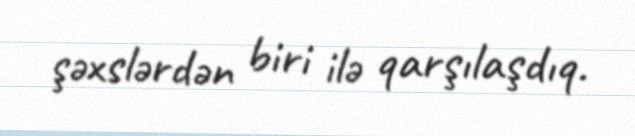
şəxslərdən biri ilə qarşılaşdıq.